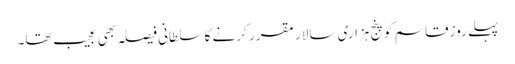
پہلے روز قاسم کو پنج ہزاری سالار مقر ر کرنے کا سلطانی فیصلہ بھی عجیب تھا۔